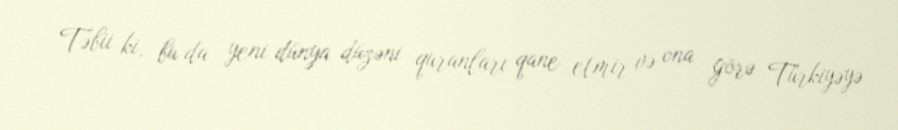
Təbii ki, bu da yeni dünya düzəni quranları qane etmir və ona görə Türkiyəyə